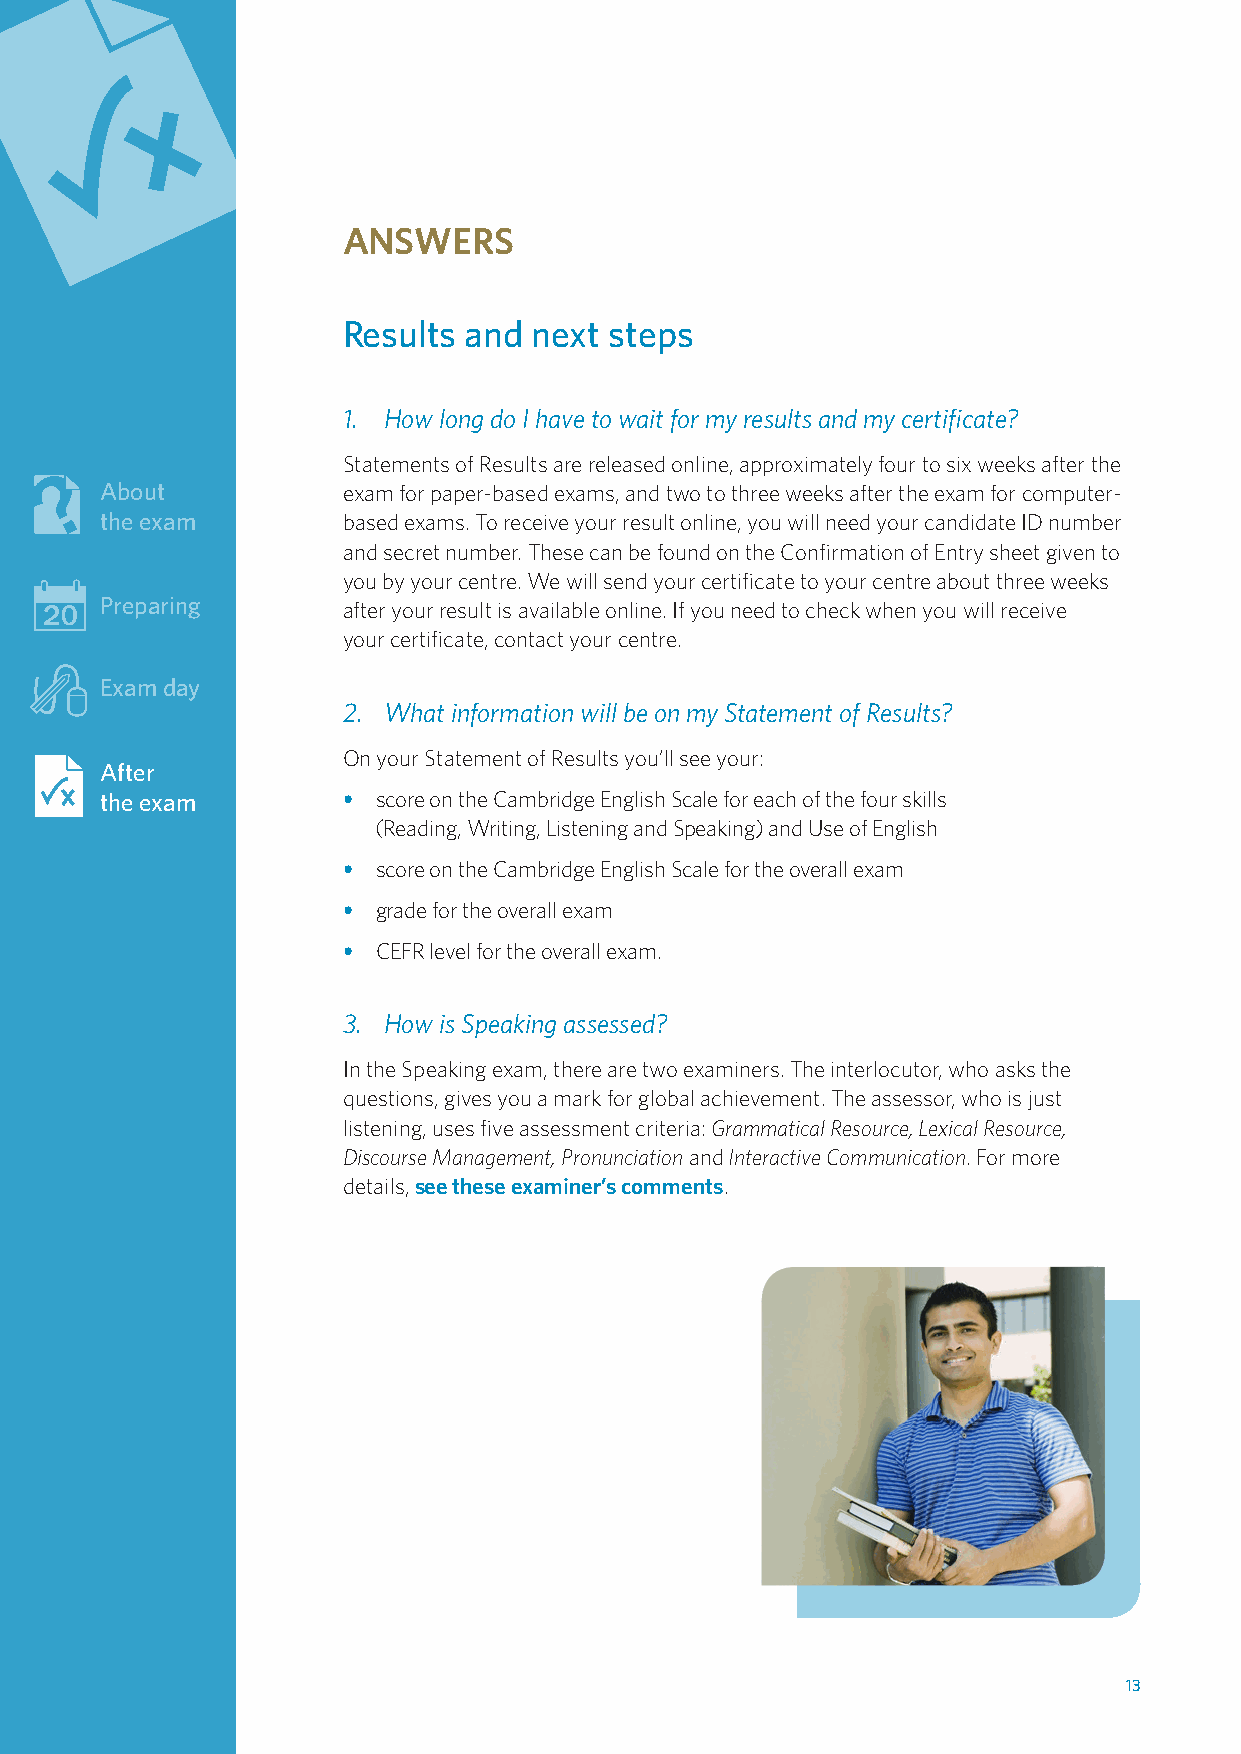
ANSWERS
 Results and next steps
 1. How long do I have to wait for my results and my certificate?
 Statements of Results are released online, approximately four to six weeks after the
 About           exam for paper-based exams, and two to three weeks after the exam for computer-
 the exam        based exams. To receive your result online, you will need your candidate ID number
 and secret number. These can be found on the Confirmation of Entry sheet given to
 you by your centre. We will send your certificate to your centre about three weeks
 Preparing       after your result is available online. If you need to check when you will receive
 your certificate, contact your centre.
 Exam day
 2. What information will be on my Statement of Results?
 On your Statement of Results you’ll see your:
 After
 the exam        • score on the Cambridge English Scale for each of the four skills
 (Reading, Writing, Listening and Speaking) and Use of English
 • score on the Cambridge English Scale for the overall exam
 • grade for the overall exam
 • CEFR level for the overall exam.
 3. How is Speaking assessed?
 In the Speaking exam, there are two examiners. The interlocutor, who asks the
 questions, gives you a mark for global achievement. The assessor, who is just
 listening, uses five assessment criteria: Grammatical Resource, Lexical Resource,
 Discourse Management, Pronunciation and Interactive Communication. For more
 details, see these examiner’s comments.
 1133